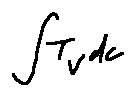
\int T _ { v } d c